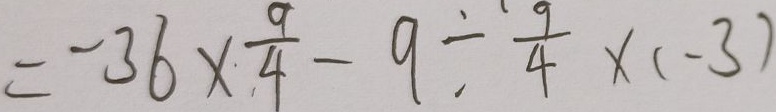
= - 3 6 \times \frac { 9 } { 4 } - 9 \div \frac { 9 } { 4 } \times ( - 3 )